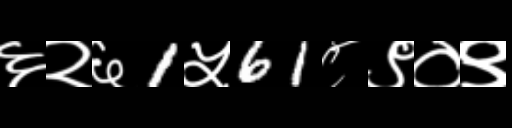
Text: ६२६1५61८९०९